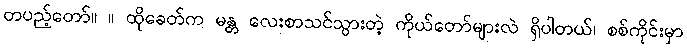
တပည့်တော်။ ။ ထိုခေတ်က မန္တ လေးစာသင်သွားတဲ့ ကိုယ်တော်များလဲ ရှိပါတယ်၊ စစ်ကိုင်းမှာ